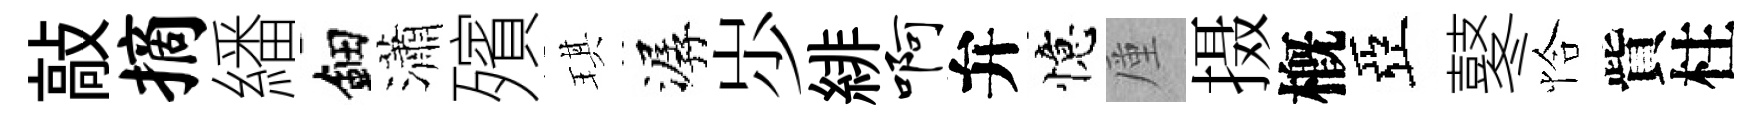
敲摘繙鈿瀟殯琪潺𡵯緋啊弁憶厪摄槪亞鼕恰貲柱